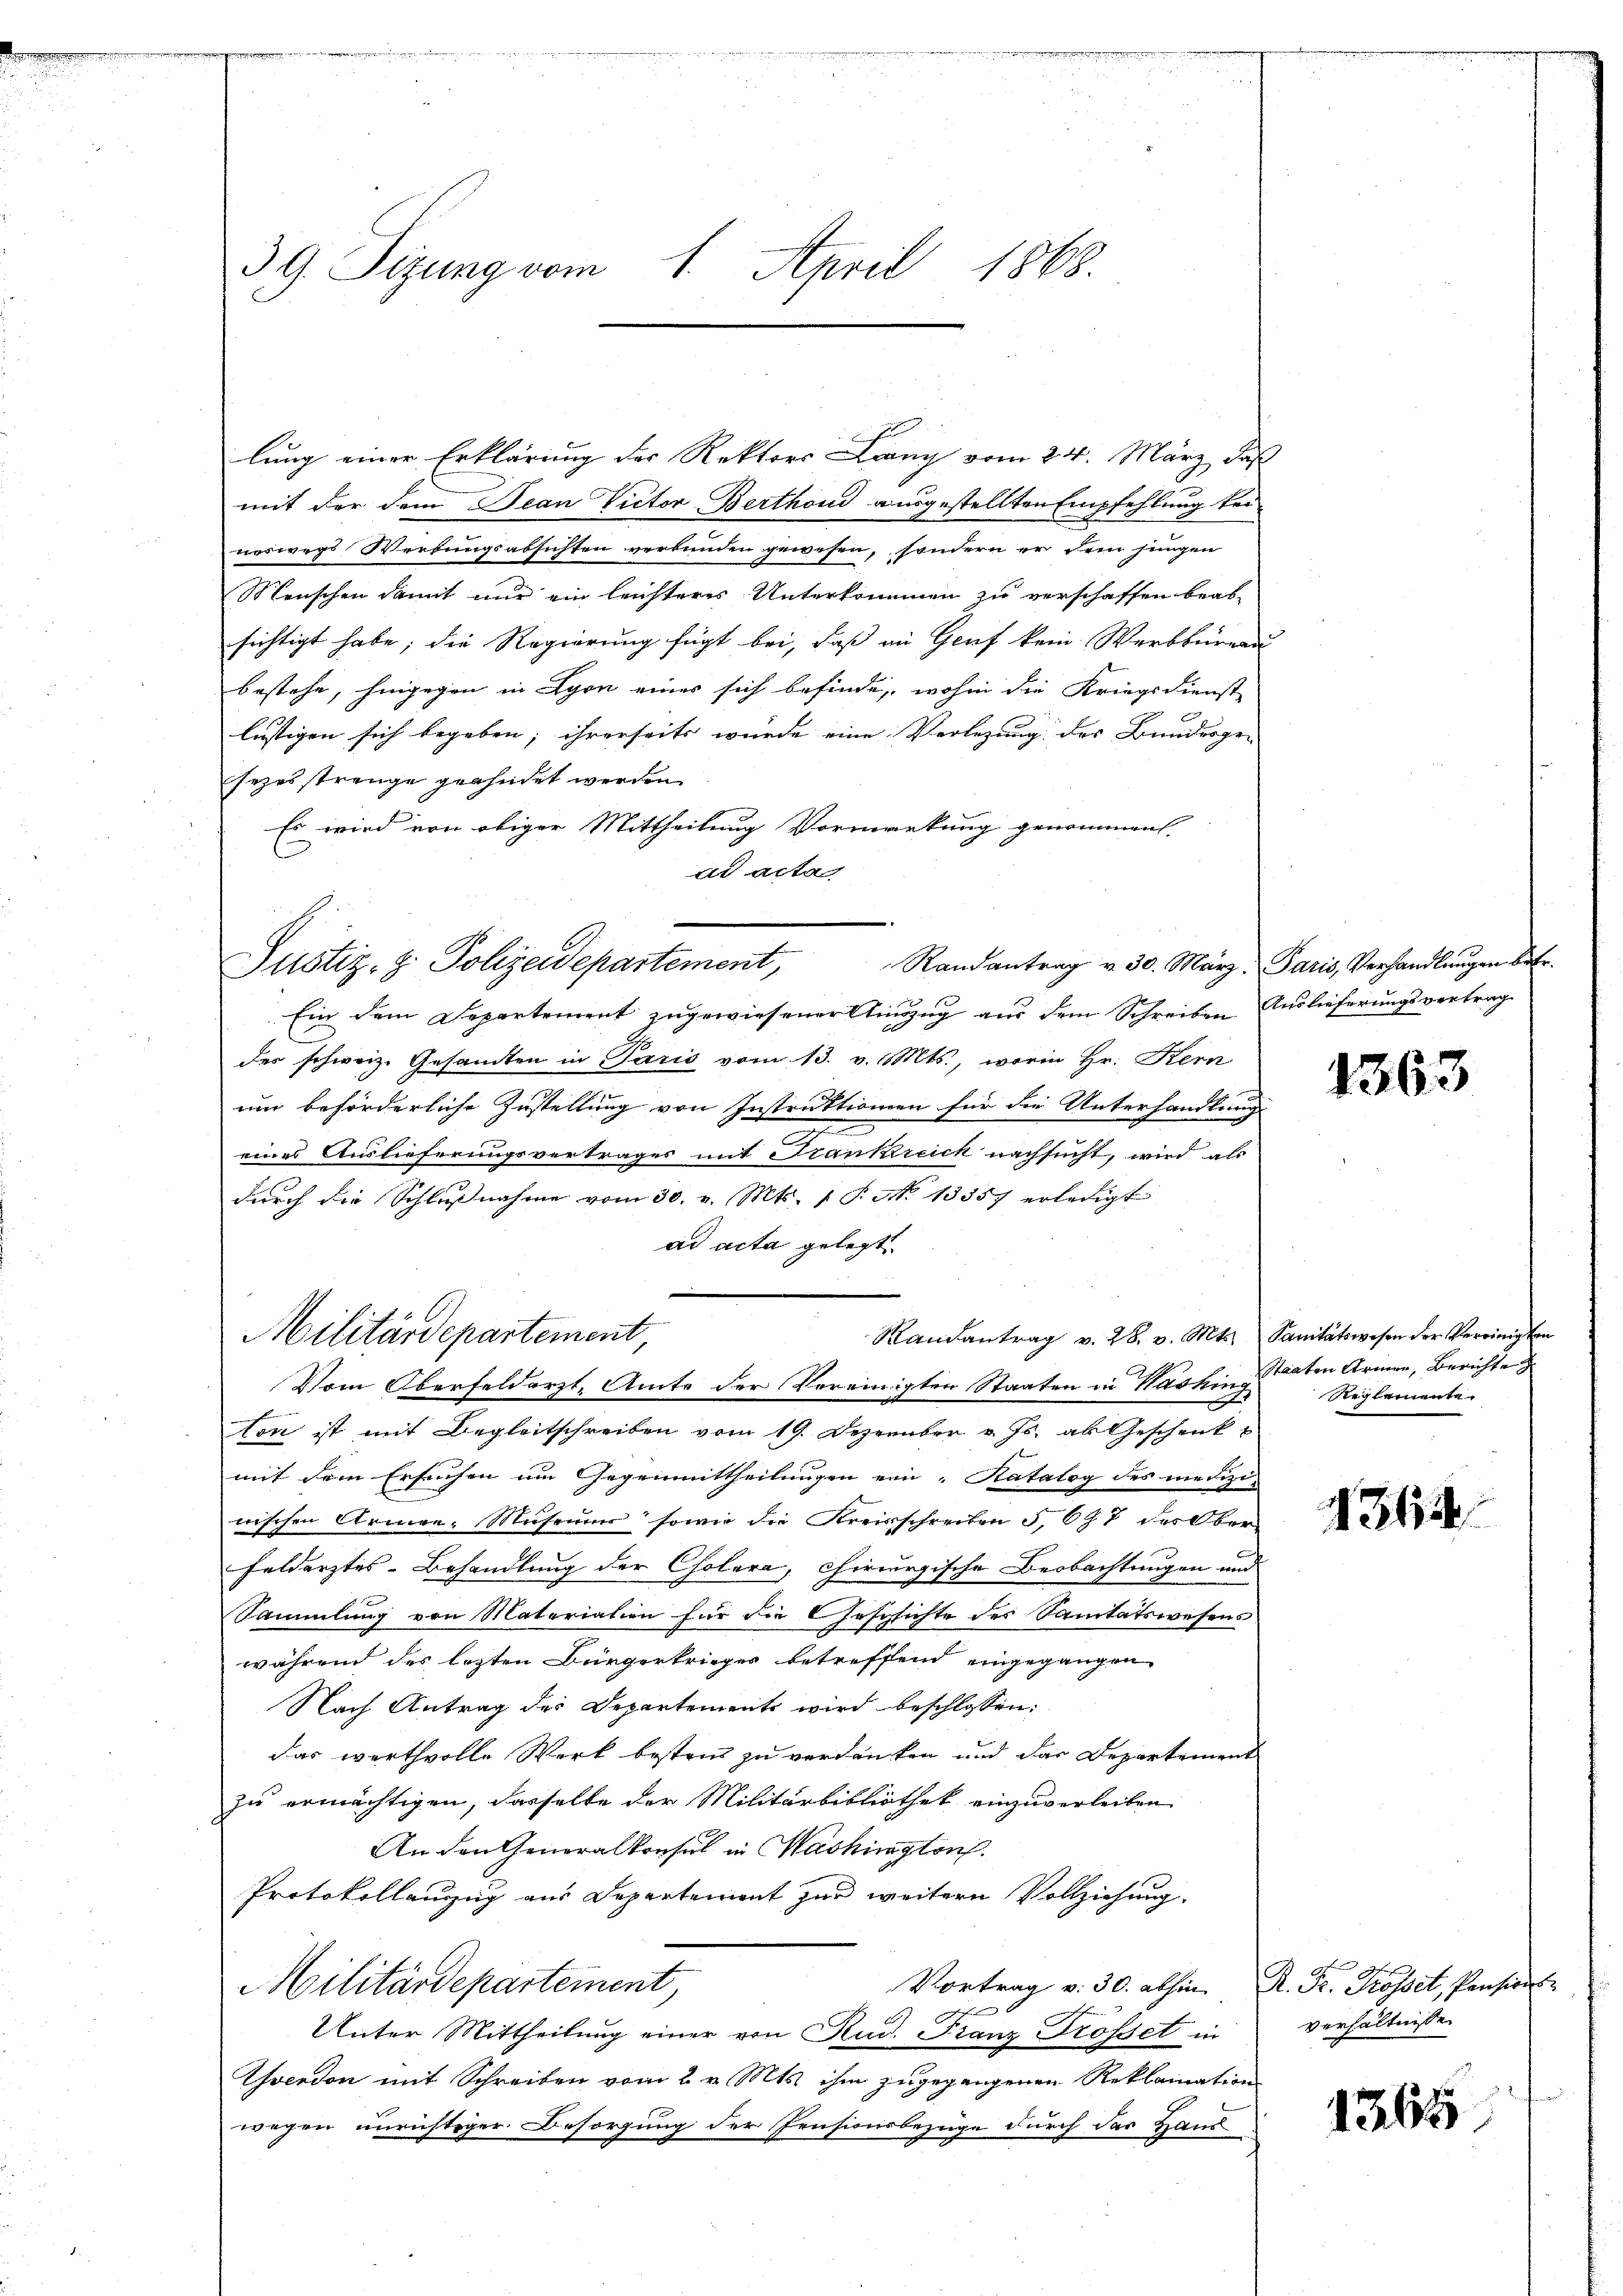
39. Sizung vom 1. April 1868.

lung einer Erklärung der Rektors Lang vom 24. März, daß
mit der dem Jean Victor Berthond ausgestellten Empfehlung beinorwegs Werfungsabsichten verbunden gewesen, sondern er dem jenigen
Menschen damit nur ein leichteres Unterkommen zu verschaffen beab-
sichtigt habe; die Regierung fügt bei, daß an Genf kein Werkbüreau
bestehe, hingegen in Lyon eines sich befinde, wohin die Kriegsdienst
lustigen sich begeben; ihrerseits wurde eine Verlegung des Bundesge- |
sezesstrenge geahndet werden
Es wird von obiger Mittheilung Vormerkung genommen.
ad acta
Randantrag v. 30. März, Paris, Verhandlŭngen betr.
Justiz- & Polizeidepartement,
Ein dem Departement zugewiesener Einzug aus dem Schreiben Auslieferungsvertrag
der schweiz. Gesandten in Paris vom 13. v. Mts., worin Hr. Kern
um beförderliche Zustellung von Instruktionien für die Unterhandlung
eines Auslieferungsvertrages mit Frankreich nachsucht, wird als
durch die Schlußnahme vom 30. v. Mts. 1. P. Nr. 13357 erledigt
ad acta gelegt
Militärdepartement,
Randantrag v. 28. v. Mts. Sanitätswesen der Vereinigten
Vom Oberfeldarzt, Amte der Vereinigten Staaten in Washing
ton ist mit Begleitschreiben vom 19. Dezember v. Js. als Geschenk
mit dem Ersuchen um Gegenmittheilungen ein „Katalog des medizi-
nischen Armen: Museums sowie die Kreisschreiben 5, 697 des Ober-
Feldarztes-Behandlung der Cholera, chirurgische Beobachtungen und
Sammlung von Materialien für die Geschichte des Sanitätswesens
während des lezten Bürgerkrieger betreffend eingegangen
Nach Antrag des Departements wird beschlossen:
das werthvolle Werk besten zu verdanken und das Departement
zu ermächtigen, dasselbe der Militärbibliothek einzuverleiben
e
An den Generalkonsul in Mashington.
Protokollanzug aus Departement zur weitern Vollziehung.
Vortrag v. 30. abhin R. Dr. Grosset, Pensions
Militärdepartement,
fe
Unter Mittheilung einer von Rud. Franz Trosset in
Yverdon mit Schreiben vom 2. v. Mts. ihm zugegangenen Reklamation
wegen unrichtiger Besorgung der Pensionsbezüge durch das Hand

1363

Staaten Armen, Berichte
Reglemente.

1364

verhältnisse

1365